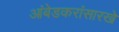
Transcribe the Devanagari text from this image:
आंबेडकरांसारखे